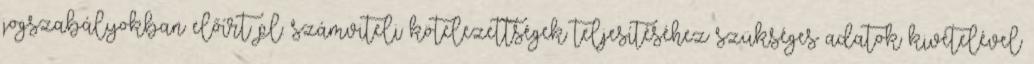
jogszabályokban előírt pl. számviteli kötelezettségek teljesítéséhez szükséges adatok kivételével